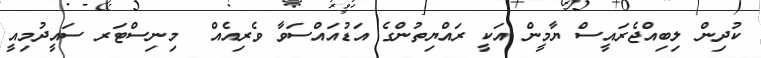
ކުދިން ލިބިއްޖެރައީސް ޔާމީން އަކީ ރައްޔިތުންގެ އަޑުއައްސަވާ ވެރިއެއް  މިނިސްޓަރ ސައީދުމިއީ